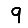
Digit: 9